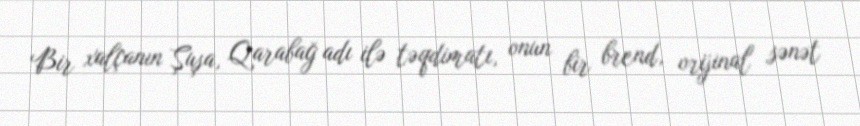
Bir xalçanın Şuşa, Qarabağ adı ilə təqdimatı, onun bir brend, orijinal sənət